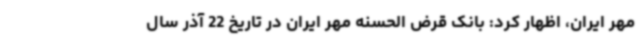
مهر ایران، اظهار کرد: بانک قرض الحسنه مهر ایران در تاریخ 22 آذر سال